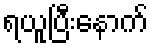
ရယူပြီးနောက်